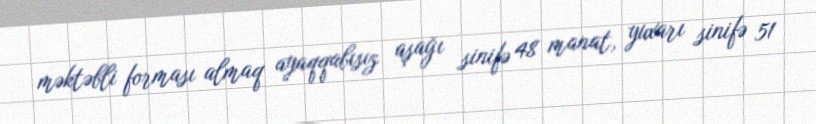
məktəbli forması almaq ayaqqabısız aşağı sinifə 48 manat, yuxarı sinifə 51